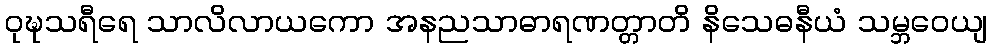
ဝုဍ္ဎသရီရေ သာလိလာယကော အနညသာဓာရဏတ္တာတိ နိသေဓနီယံ သမ္ဘဝေယျ